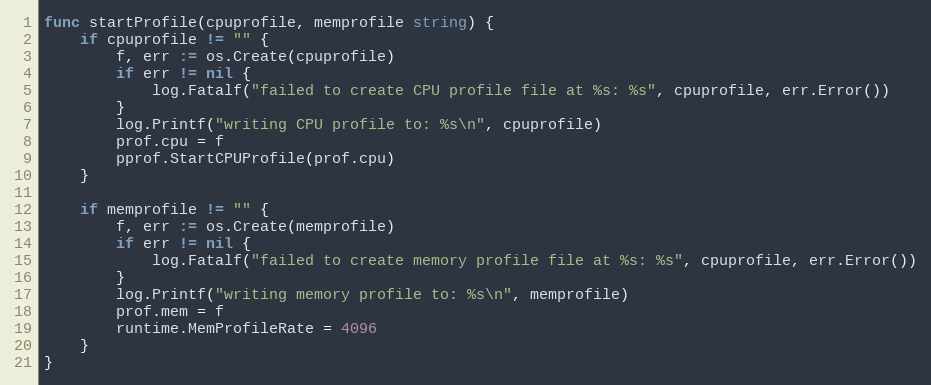
Language: Go
func startProfile(cpuprofile, memprofile string) {
	if cpuprofile != "" {
		f, err := os.Create(cpuprofile)
		if err != nil {
			log.Fatalf("failed to create CPU profile file at %s: %s", cpuprofile, err.Error())
		}
		log.Printf("writing CPU profile to: %s\n", cpuprofile)
		prof.cpu = f
		pprof.StartCPUProfile(prof.cpu)
	}

	if memprofile != "" {
		f, err := os.Create(memprofile)
		if err != nil {
			log.Fatalf("failed to create memory profile file at %s: %s", cpuprofile, err.Error())
		}
		log.Printf("writing memory profile to: %s\n", memprofile)
		prof.mem = f
		runtime.MemProfileRate = 4096
	}
}